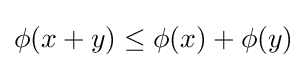
\phi (x+y)\leq \phi (x)+\phi (y)